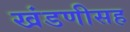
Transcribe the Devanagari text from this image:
खंडणीसह